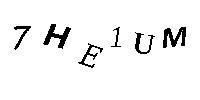
7HE1UM